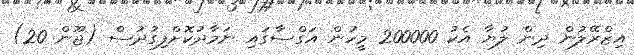
އިޒްރޭލުން ދިން ލުޔާ އެކު 200000 މީހުން އަގްސާގައި ނަމާދުކޮށްފިގުދުސް (ޖޫން 20)